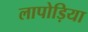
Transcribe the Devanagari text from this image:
लापोड़िया